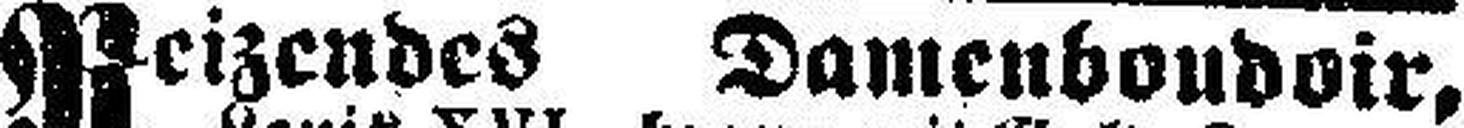
Reizendes Damenboudoir,